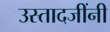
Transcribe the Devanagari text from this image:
उस्तादजींनी